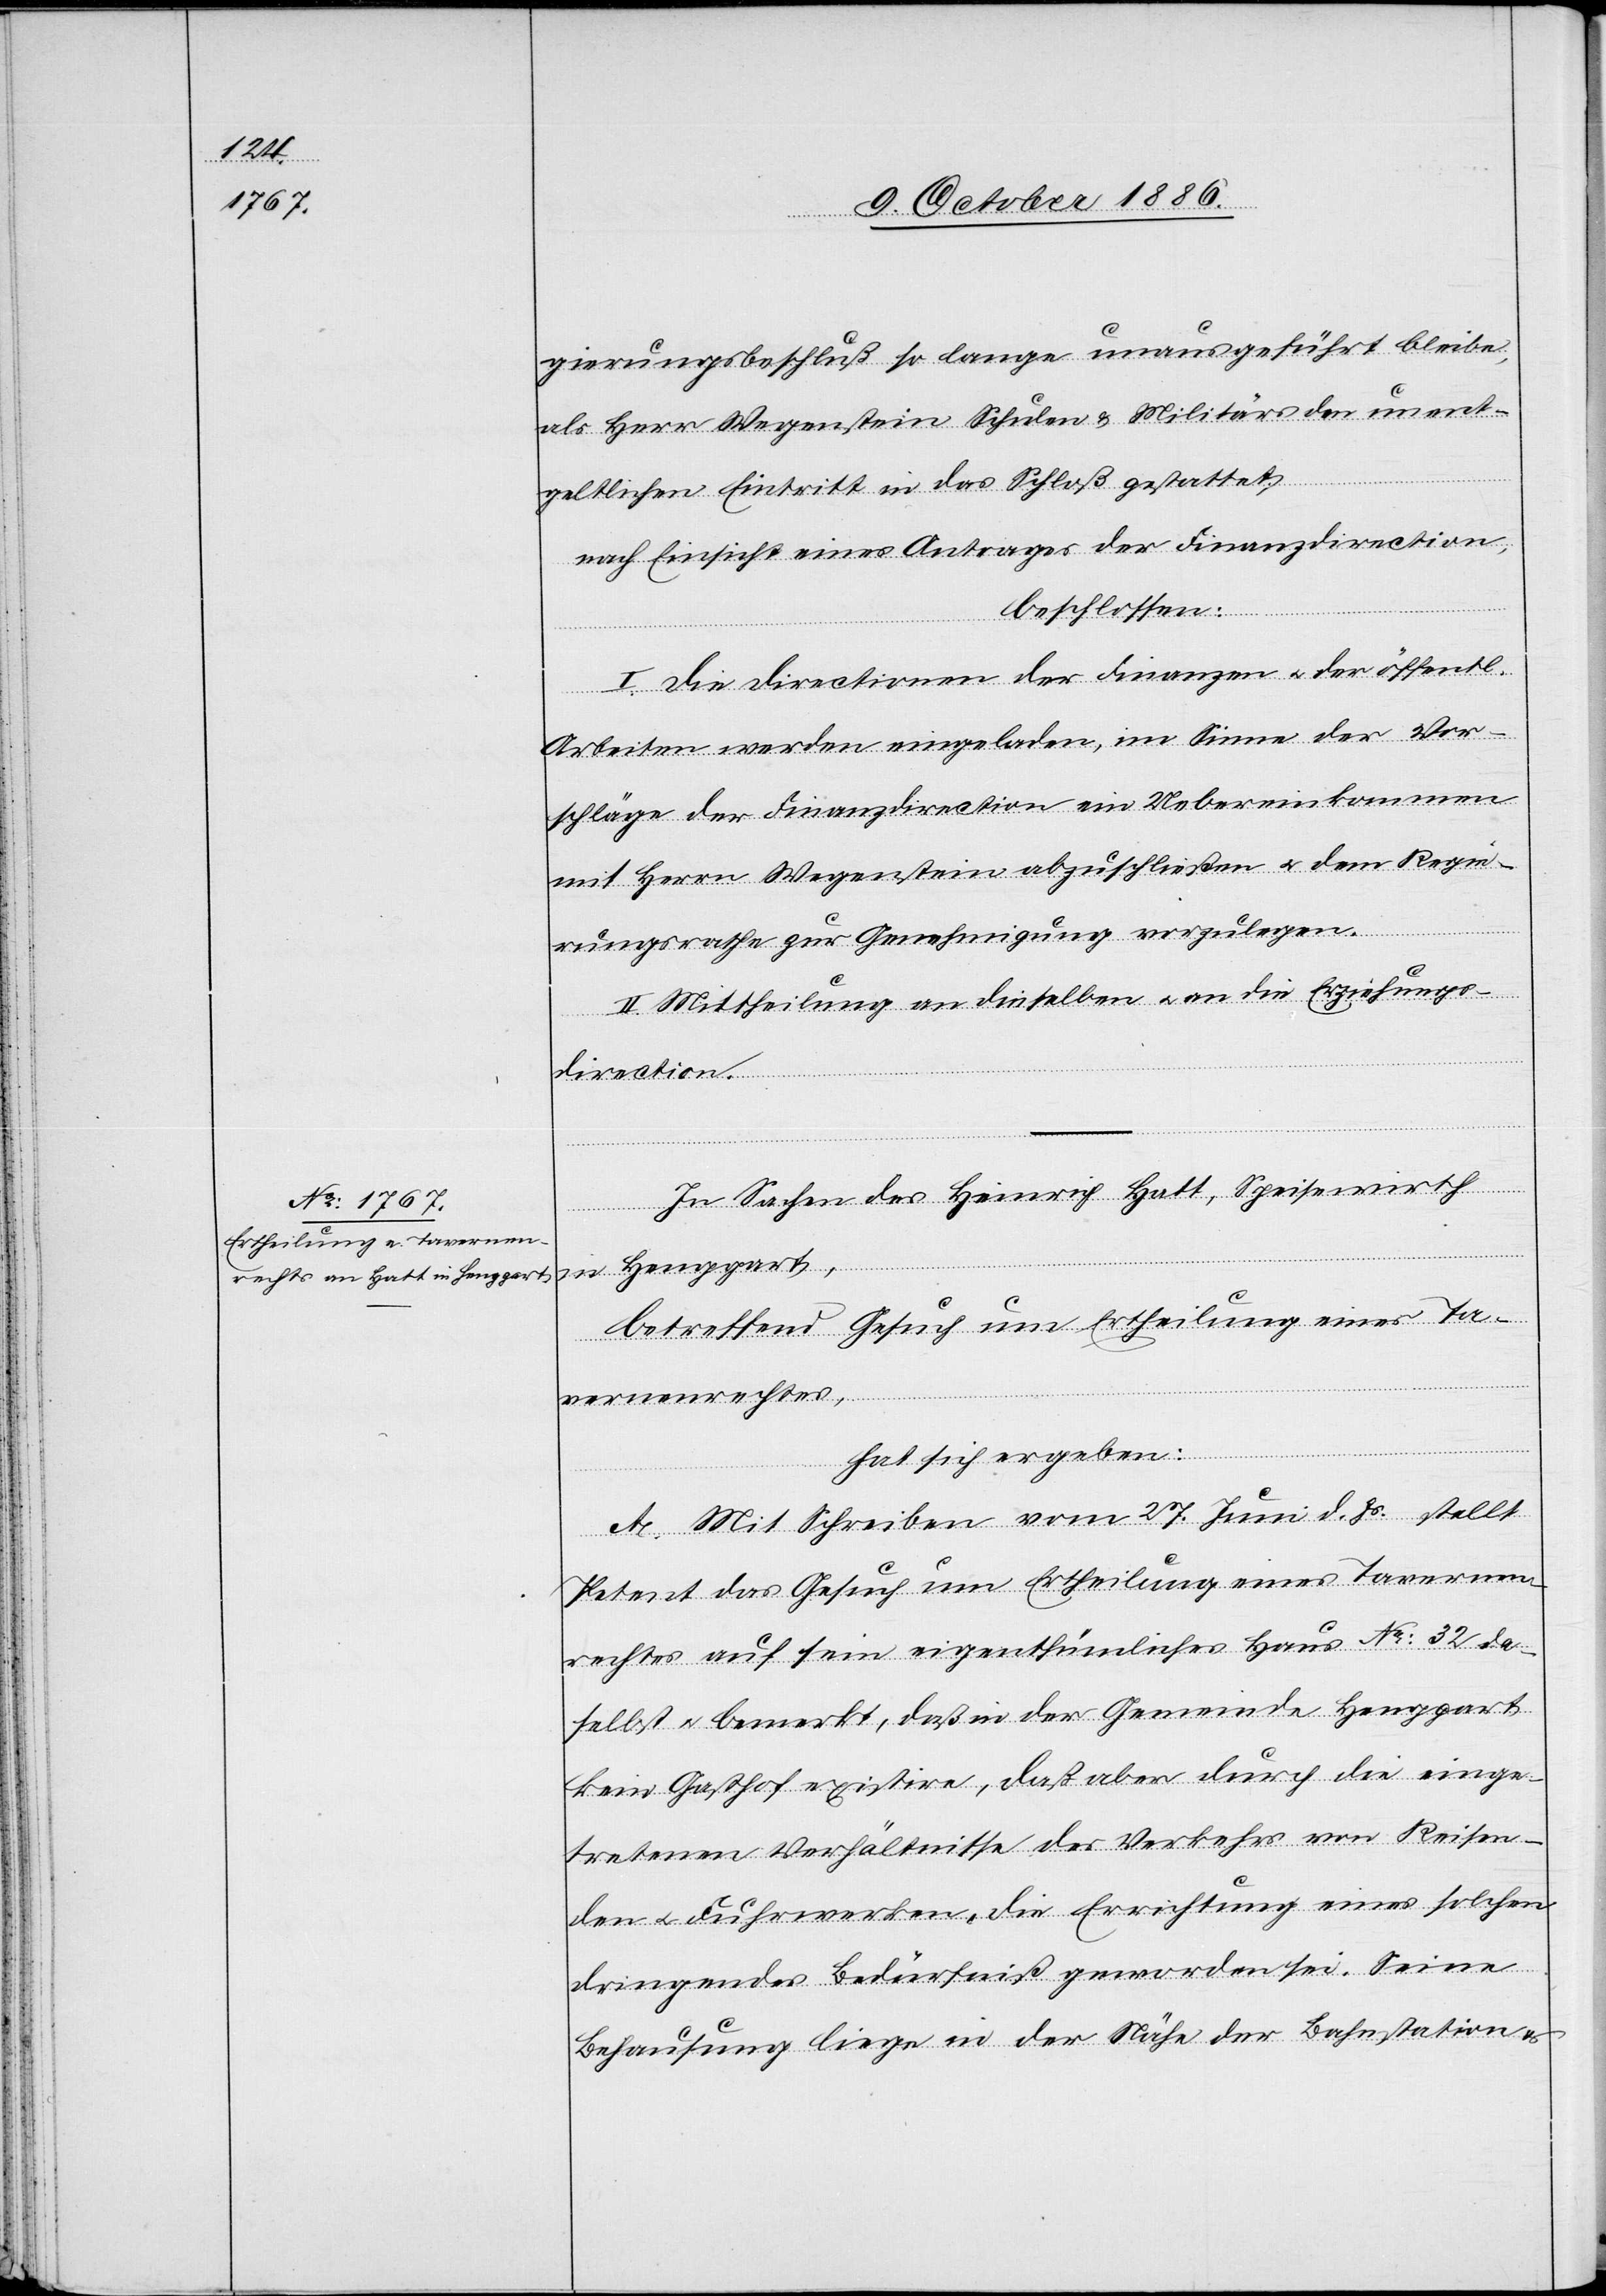
gierungsbeschluß so lange unausgeführt bleibe,
als Herr Wegenstein Schulen & Militärs den unent¬
geltlichen Eintritt in das Schloß gestattet,
nach Einsicht eines Antrages der Finanzdirection,
beschlossen:
I. Die Directionen der Finanzen & der öffentl.
Arbeiten werden eingeladen, im Sinne der Vor¬
schläge der Finanzdirection ein Uebereinkommen
mit Herrn Wegenstein abzuschließen & dem Regie¬
rungsrathe zur Genehmigung vorzulegen.
II. Mittheilung an dieselben & an die Erziehungs¬
direction.
In Sachen des Heinrich Hatt, Speisewirth
in Henggart,
betreffend Gesuch um Ertheilung eines Ta¬
vernenrechtes,
hat sich ergeben:
A. Mit Schreiben vom 27. Juni d. Js. stellt
Petent das Gesuch um Ertheilung eines Tavernen¬
rechtes auf sein eigenthümliches Haus No: 32 da¬
selbst & bemerkt, daß in der Gemeinde Henggart
kein Gasthof existire, daß aber durch die einge¬
tretenen Verhältnisse des Verkehrs von Reisen¬
den & Fuhrwerken, die Errichtung eines solchen
dringendes Bedürfniß geworden sei. Seine
Behausung liege in der Nähe der Bahnstation &